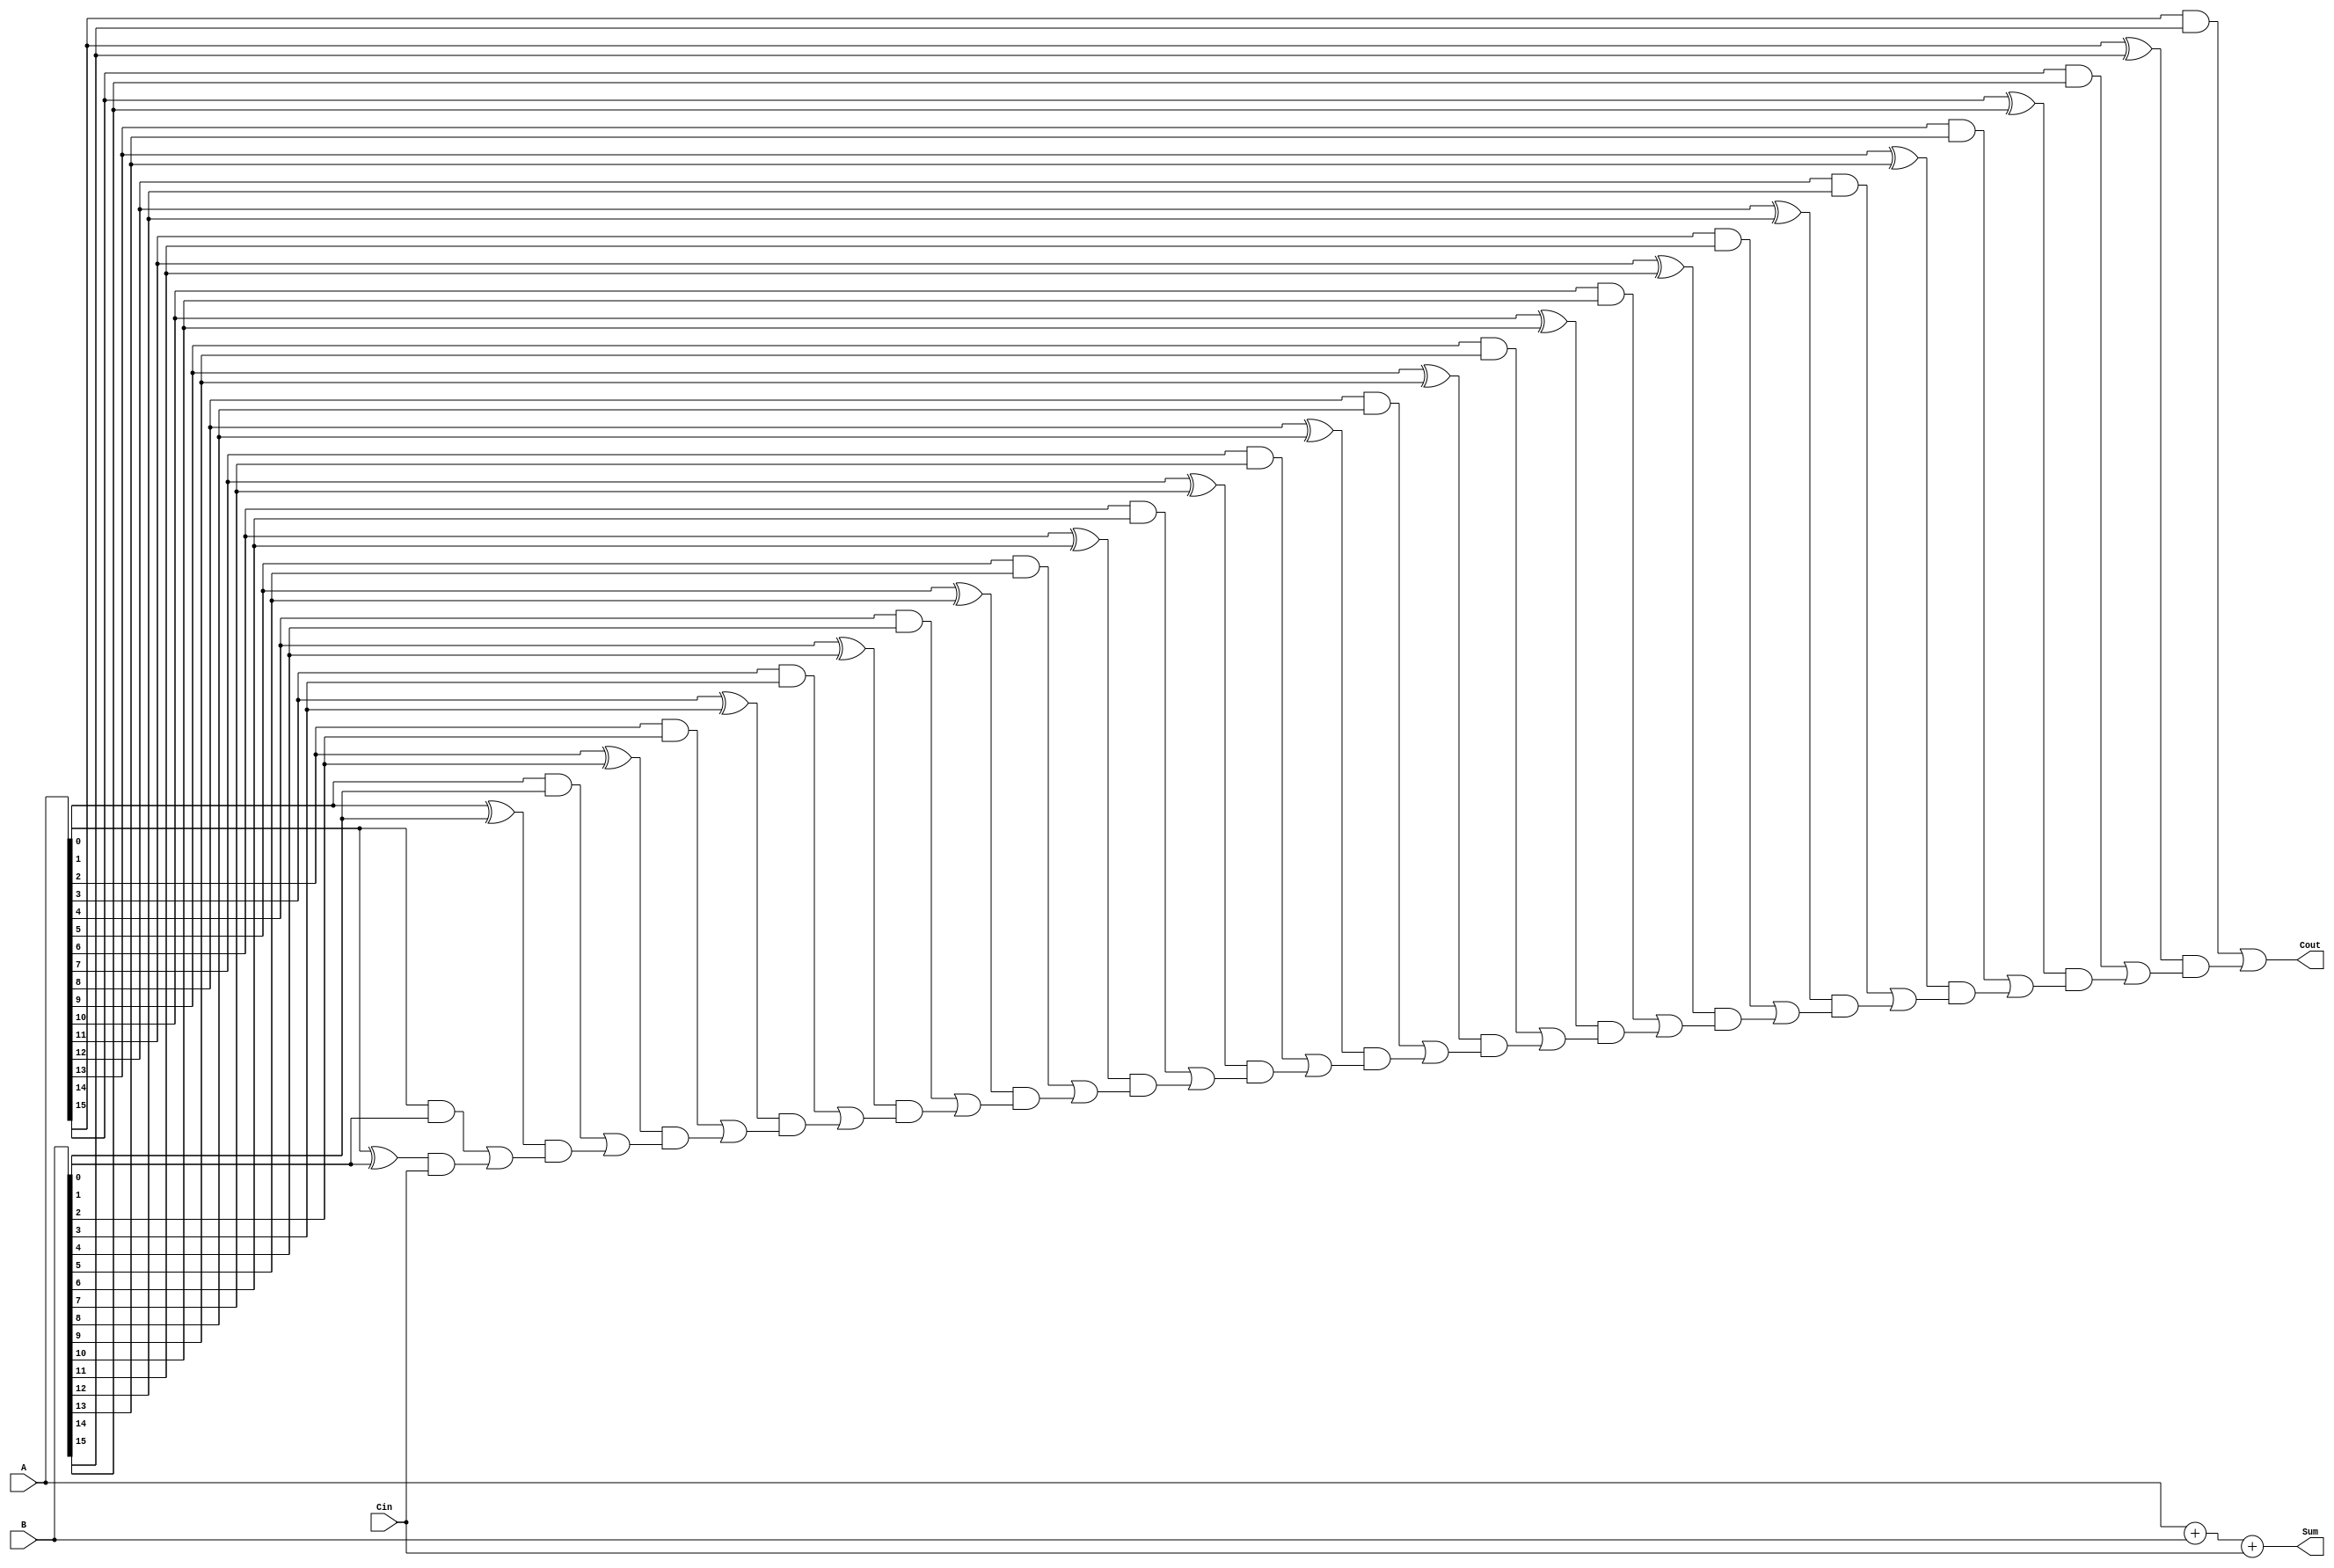
module pes_rca(
    input [15:0] A,
    input [15:0] B,
    input Cin,
    output [15:0] Sum,
    output Cout
);

wire [15:0] carry; // Internal carry signals

assign carry[0] = A[0] & B[0] | (A[0] ^ B[0]) & Cin;
assign carry[1] = A[1] & B[1] | (A[1] ^ B[1]) & carry[0];
assign carry[2] = A[2] & B[2] | (A[2] ^ B[2]) & carry[1];
assign carry[3] = A[3] & B[3] | (A[3] ^ B[3]) & carry[2];
assign carry[4] = A[4] & B[4] | (A[4] ^ B[4]) & carry[3];
assign carry[5] = A[5] & B[5] | (A[5] ^ B[5]) & carry[4];
assign carry[6] = A[6] & B[6] | (A[6] ^ B[6]) & carry[5];
assign carry[7] = A[7] & B[7] | (A[7] ^ B[7]) & carry[6];
assign carry[8] = A[8] & B[8] | (A[8] ^ B[8]) & carry[7];
assign carry[9] = A[9] & B[9] | (A[9] ^ B[9]) & carry[8];
assign carry[10] = A[10] & B[10] | (A[10] ^ B[10]) & carry[9];
assign carry[11] = A[11] & B[11] | (A[11] ^ B[11]) & carry[10];
assign carry[12] = A[12] & B[12] | (A[12] ^ B[12]) & carry[11];
assign carry[13] = A[13] & B[13] | (A[13] ^ B[13]) & carry[12];
assign carry[14] = A[14] & B[14] | (A[14] ^ B[14]) & carry[13];
assign carry[15] = A[15] & B[15] | (A[15] ^ B[15]) & carry[14];

assign Sum = A + B + Cin;
assign Cout = carry[15];

endmodule